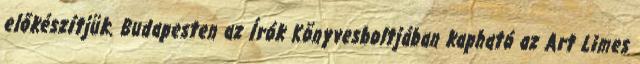
előkészítjük. Budapesten az Írók Könyvesboltjában kapható az Art Limes